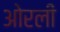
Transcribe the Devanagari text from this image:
ओरली